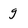
Character: g